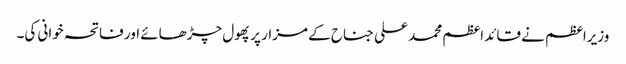
وزیراعظم نے قائد اعظم محمد علی جناح کے مزار پر پھول چڑھائے اور فاتحہ خوانی کی۔